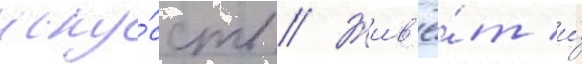
иску́сств // Жив'ё́т и́